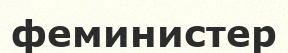
феминистер